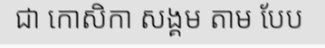
ជា កោសិកា សង្គម តាម បែប